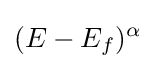
(E-E_{f})^{\alpha }